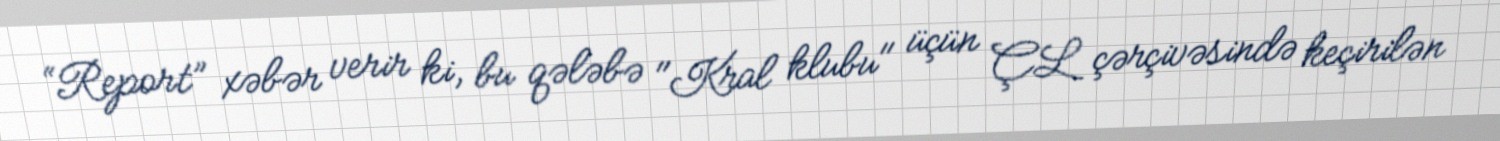
“Report” xəbər verir ki, bu qələbə "Kral klubu" üçün ÇL çərçivəsində keçirilən